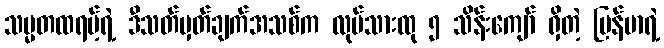
သမ္မတထရမ့်ရဲ့ ဒီသတ်မှတ်ချက်အသစ်က လုပ်သားထု ၅ သိန်းကျော် ရှိတဲ့ မြန်မာရဲ့